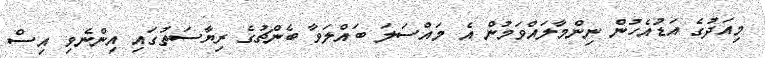
މިއަދުގެ އަޑުއެހުން ނިންމާލައްވަމުން އެ މައްސަލަ ބައްލަވާ ބެންޗުގެ ރިޔާސަތުގައި އިންނެވި އިސް